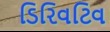
ડિરિવટિવ